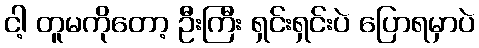
ငါ့ တူမကိုတော့ ဦးကြီး ရှင်းရှင်းပဲ ပြောရမှာပဲ